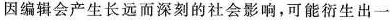
因编辑会产生长远而深刻的社会影响，可能衍生出一